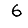
Digit: 6